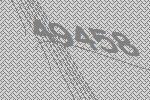
49458